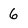
Character: 6